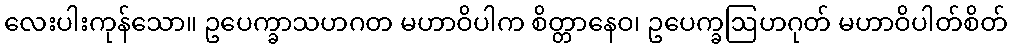
လေးပါးကုန်သော။ ဥပေက္ခာသဟဂတ မဟာဝိပါက စိတ္တာနေဝ၊ ဥပေက္ခဩဟဂုတ် မဟာဝိပါတ်စိတ်